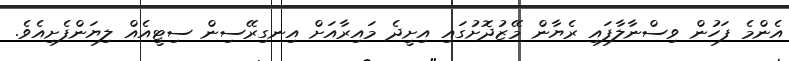
އެންމެ ފަހުން ވިސްނާލާފައި ރެޔާން މޭޒުދޮށުގައި އިށީދެ މައިރާއަށް އިނގިރޭސިން ސިޓީއެއް ލިޔަންފެށިއެވެ.